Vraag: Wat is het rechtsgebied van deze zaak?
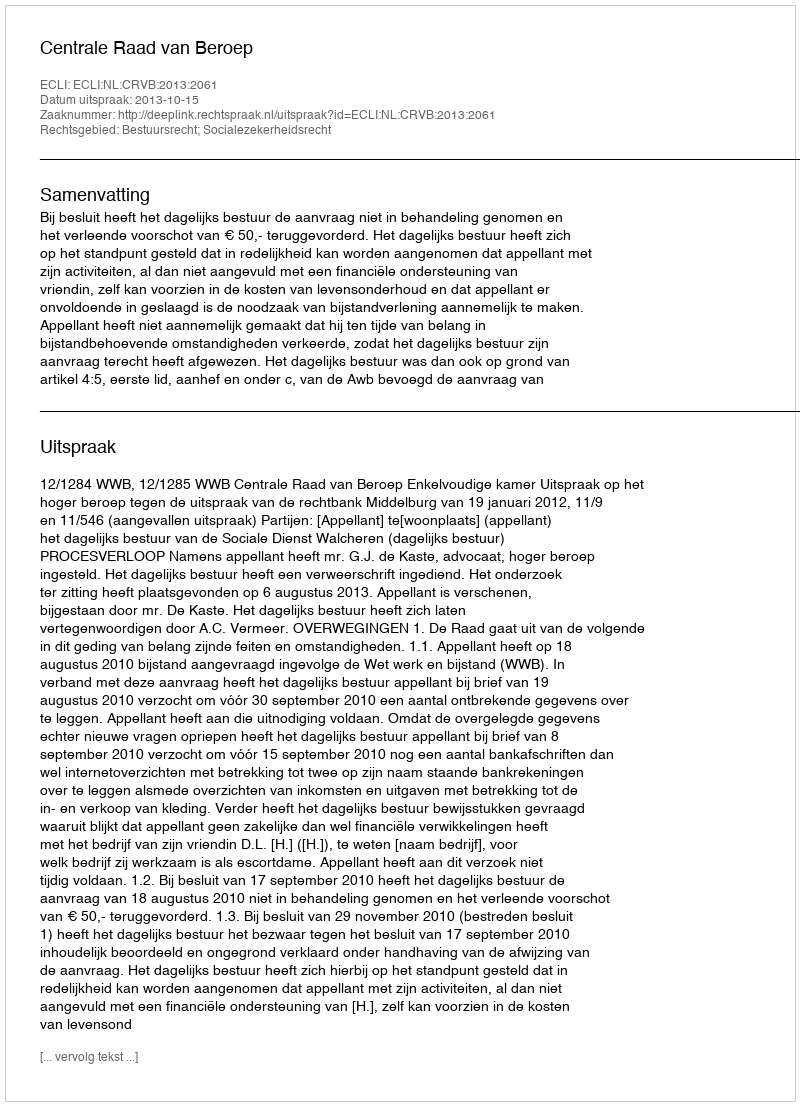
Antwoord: Bestuursrecht; Socialezekerheidsrecht